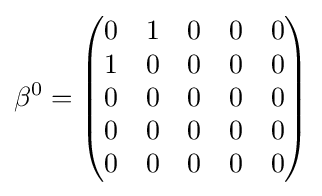
\beta ^{0}={\begin{pmatrix}0&1&0&0&0\\1&0&0&0&0\\0&0&0&0&0\\0&0&0&0&0\\0&0&0&0&0\end{pmatrix}}